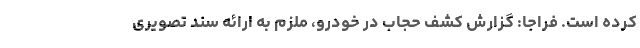
کرده است. فراجا: گزارش کشف حجاب در خودرو، ملزم به ارائه سند تصویری